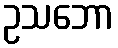
ဥသဘော